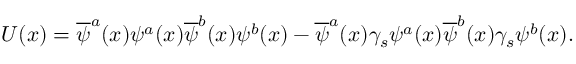
U ( x ) = \overline { { \psi } } ^ { a } ( x ) \psi ^ { a } ( x ) \overline { { \psi } } ^ { b } ( x ) \psi ^ { b } ( x ) - \overline { { \psi } } ^ { a } ( x ) \gamma _ { s } \psi ^ { a } ( x ) \overline { { \psi } } ^ { b } ( x ) \gamma _ { s } \psi ^ { b } ( x ) .